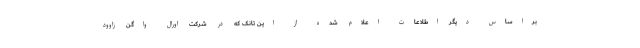
براساس دیگر اطلاعات اعلام شده از این تانک که در شرکت اورال واگن زاوود